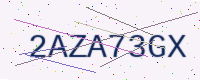
Text: 2AZA73GX